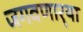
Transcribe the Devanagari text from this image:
जगवणार्‍या